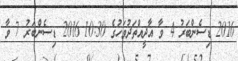
2016 ޑިސެންބަރު 4 ވާ އާދީއްތަދުވަހުގެ 10:30 2016 ޑިސެންބަރު 7 ވާ